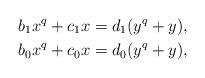
LaTeX: \begin{align*}b_1 x^q + c_1 x &= d_1(y^q + y),\\b_0 x^q + c_0 x &= d_0(y^q + y),\end{align*}